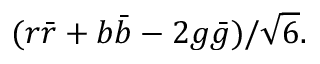
( r { \bar { r } } + b { \bar { b } } - 2 g { \bar { g } } ) / { \sqrt { 6 } } .